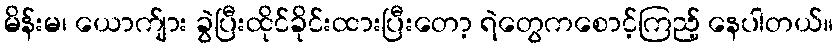
မိန်းမ၊ ယောက်ျား ခွဲပြီးထိုင်ခိုင်းထားပြီးတော့ ရဲတွေကစောင့်ကြည့် နေပါတယ်။